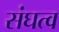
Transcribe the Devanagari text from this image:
संघत्व